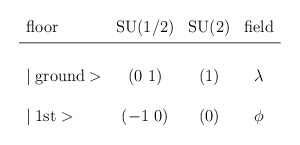
\begin{align*}\begin{array}{lccc}\mbox{floor} & \mbox{SU(1/2)} & \mbox{SU(2)} & \mbox{field} \\\noalign{\vskip3pt}\noalign{\hrule}\noalign{\vskip3pt}\\\mid \mbox{ground}> & (0~1) & (1) & \lambda \\\\\mid \mbox{1st}> & (-1~0) & (0) & \phi \\ \end{array}\end{align*}